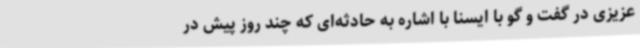
عزیزی در گفت و گو با ایسنا با اشاره به حادثه‌ای که چند روز پیش در